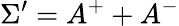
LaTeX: \Sigma^{\prime}=A^{+}+A^{-}